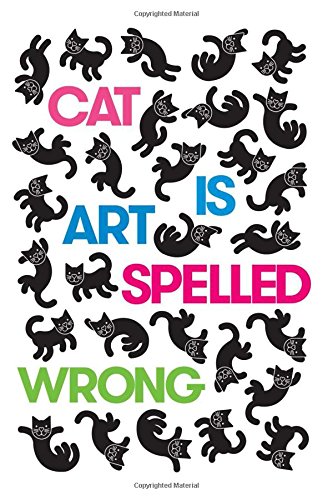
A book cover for Cat Is Art Spelled Wrong; Humor & Entertainment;